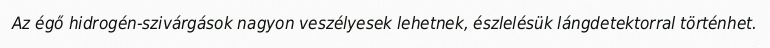
Az égő hidrogén-szivárgások nagyon veszélyesek lehetnek, észlelésük lángdetektorral történhet.